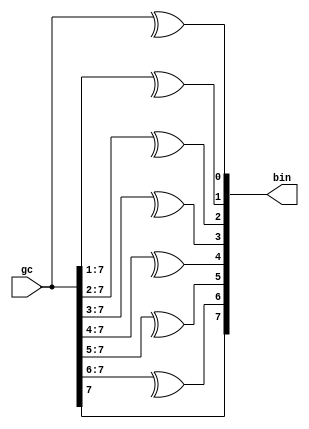
module gc2bin(gc,
	      bin
	      );

   // Top level block parameters
   parameter DATA_WIDTH = 8; // size of the gray code data

   // Input
   input wire [DATA_WIDTH-1:0] gc;
   genvar		       i;
   
   // Output
   output [DATA_WIDTH-1:0]     bin;

   // Generate according to implementation
   generate 
      for (i=0; i<DATA_WIDTH; i=i+1)
	begin : gc2bin
	   assign bin[i] = ^ gc[DATA_WIDTH-1:i];
	end
   endgenerate
   
endmodule